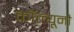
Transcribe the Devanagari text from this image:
कॉल्यूनौ